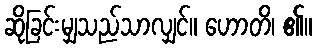
ဆိုခြင်းမျှသည်သာလျှင်။ ဟောတိ၊ ၏။